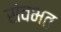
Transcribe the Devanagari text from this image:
संवभत